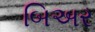
બિઅર